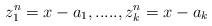
LaTeX: \begin{align*} z_1^n=x-a_1,.....,z_k^n=x-a_k\end{align*}